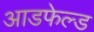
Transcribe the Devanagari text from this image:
आडफेल्ड